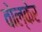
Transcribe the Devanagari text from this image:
वोल्केर